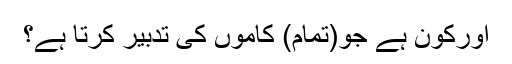
اورکون ہے جو(تمام) کاموں کی تدبیر کرتا ہے؟